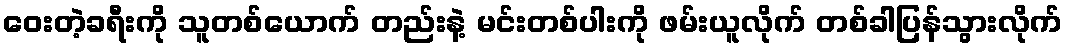
ဝေးတဲ့ခရီးကို သူတစ်ယောက် တည်းနဲ့ မင်းတစ်ပါးကို ဖမ်းယူလိုက် တစ်ခါပြန်သွားလိုက်